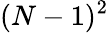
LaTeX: (N-1)^{2}